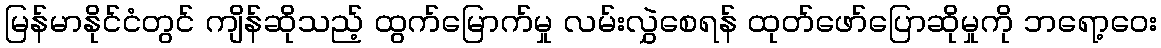
မြန်မာနိုင်ငံတွင် ကျိန်ဆိုသည့် ထွက်မြောက်မှု လမ်းလွှဲစေရန် ထုတ်ဖော်ပြောဆိုမှုကို ဘရော့ဝေး